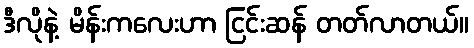
ဒီလိုနဲ့ မိန်းကလေးဟာ ငြင်းဆန် တတ်လာတယ်။